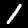
Label: 1